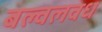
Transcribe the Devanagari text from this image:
बल्वलवध